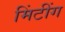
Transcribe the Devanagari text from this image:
मिंटींग